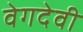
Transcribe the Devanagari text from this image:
वेगदेवी